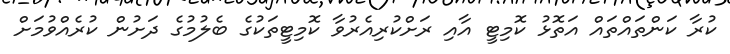
ކުރާ ކަންތައްތައް އަތޮޅު ކޮމިޓީ އާއި ރަށްކުރިއެރުވާ ކޮމިޓީތަކުގެ ބެލުމުގެ ދަށުން ކުރެއްވުމަށް